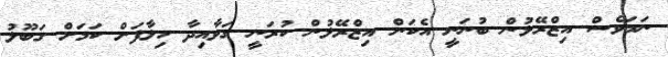
ނަމަވެސް އިޒްރޭލުން ބުނަނީ އެކަން އިޒްރޭލުން ކުރަނީ ގަވާއިދާ ހިލާފަށް ކަމަށް ގަބޫލު